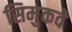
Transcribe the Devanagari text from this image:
सिमुकवे